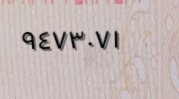
٩٤٧٣٠٧١